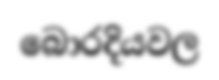
බොරදියවල